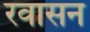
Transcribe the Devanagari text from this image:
रवासन